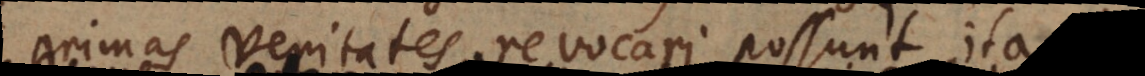
primas veritates revocari possunt, ita